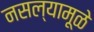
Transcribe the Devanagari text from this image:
नसल्यामूळे